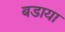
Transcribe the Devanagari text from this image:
बडाया